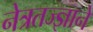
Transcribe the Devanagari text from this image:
नेत्रतज्ज्ञाने